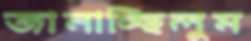
জানাচ্ছিলুম